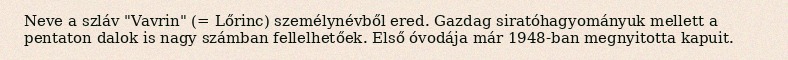
Neve a szláv "Vavrin" (= Lőrinc) személynévből ered. Gazdag siratóhagyományuk mellett a pentaton dalok is nagy számban fellelhetőek. Első óvodája már 1948-ban megnyitotta kapuit.